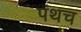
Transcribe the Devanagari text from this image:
पंथच